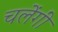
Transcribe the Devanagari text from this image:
चलेंगीं